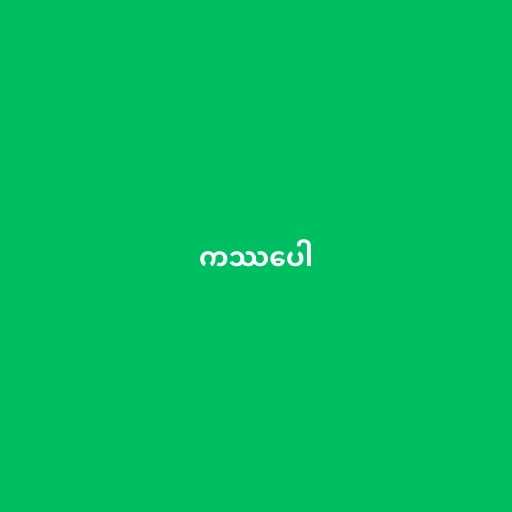
ကဿပေါ